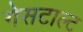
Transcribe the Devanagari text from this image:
गेसटाल्ट